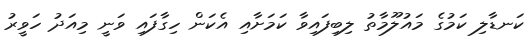
ކަނޑާލި ކަމުގެ މައުލޫމާތު ލިބިފައިވާ ކަމަށާއި އެކަން ހިގާފައި ވަނީ މިއަދު ހަވީރު